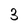
Character: 3